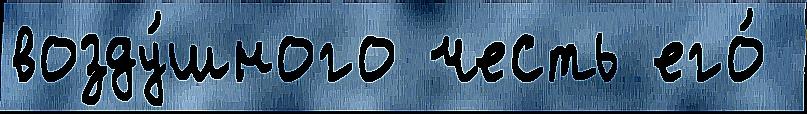
возду́шного честь его́